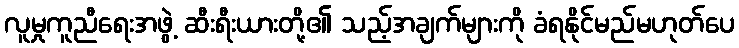
လူမှုကူညီရေးအဖွဲ့ ဆီးရီးယားတို့၏ သည့်အချက်များကို ခံရနိုင်မည်မဟုတ်ပေ